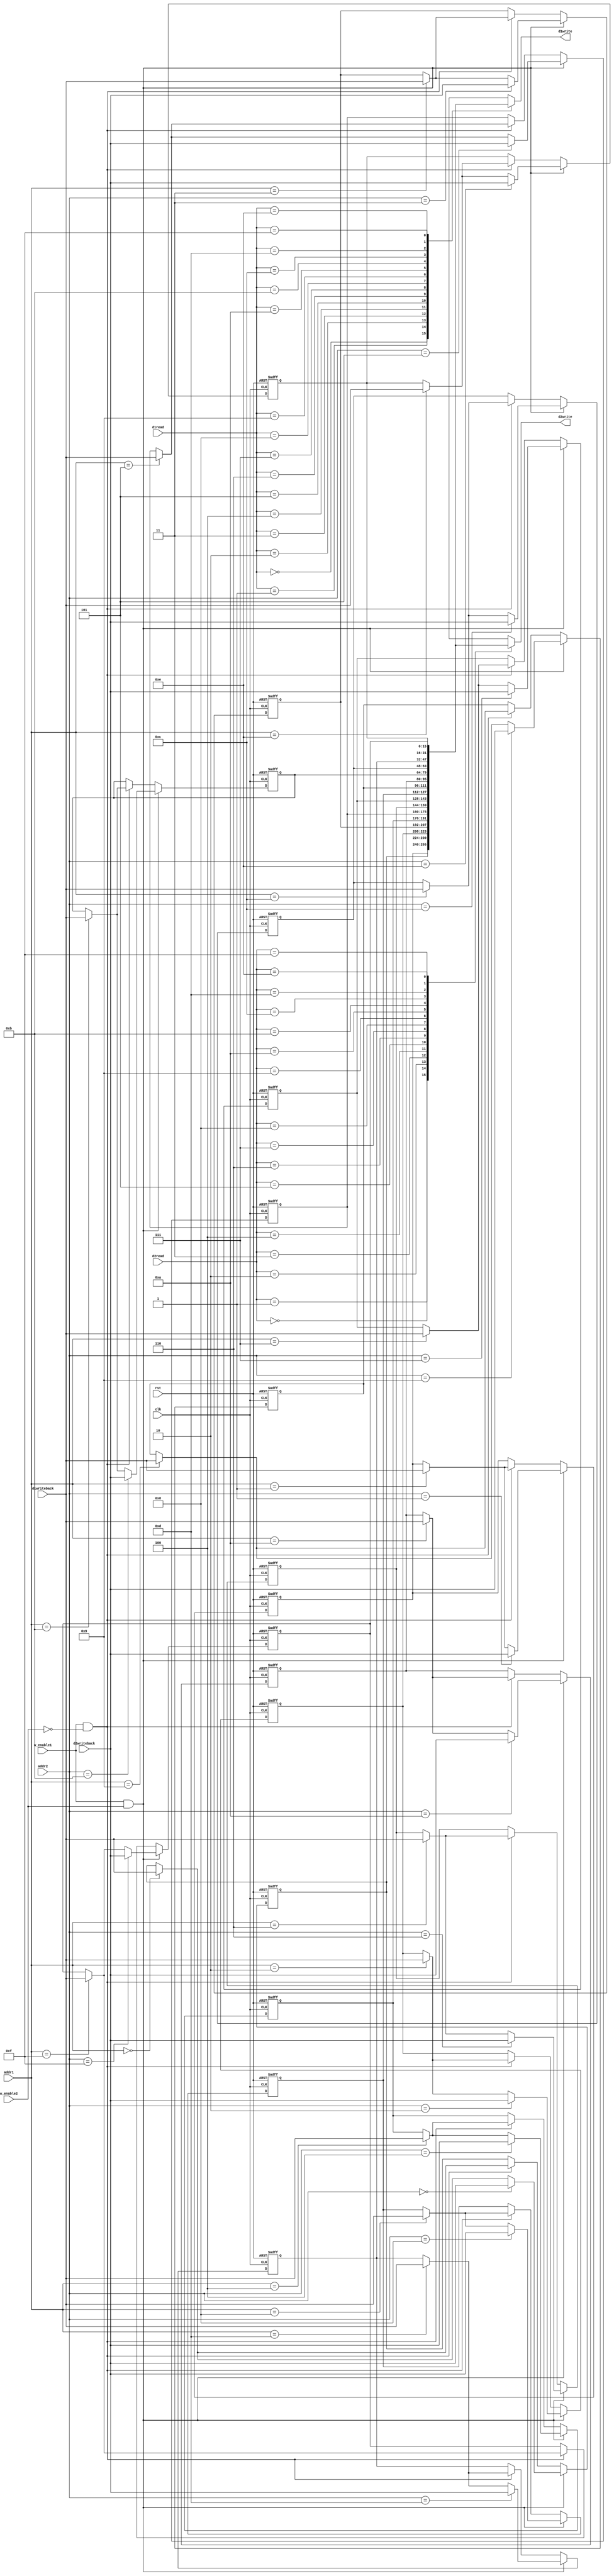
module reg_file(input clk, rst, w_enable1, w_enable2, input[3:0] d1read, d2read, addr1, addr2, input [15:0] d1writeback, d2writeback, output reg[15:0] d1write, d2write);
reg [15:0] register [15:0];

always@(posedge clk, negedge rst)
begin
	if(!rst)
	begin
	register[0] <= 16'h0000;
	register[1] <= 16'h0F00;
	register[2] <= 16'h0050;
	register[3] <= 16'hFF0F;
	register[4] <= 16'hF0FF;
	register[5] <= 16'h0040;
	register[6] <= 16'h6666;
	register[7] <= 16'h00FF;
	register[8] <= 16'hFF77;
	register[9] <= 16'h0000;
	register[10] <= 16'h0000;
	register[11] <= 16'h0000;
	register[12] <= 16'hCC89;
	register[13] <= 16'h0002;
	register[14] <= 16'h0000;
  	register[15] <=	16'h0000;
	end
	else if(w_enable1 && w_enable2)
	begin
	register[addr1] <= d1writeback;
	register[addr2] <= d2writeback;
	end
	else if(w_enable1 && !w_enable2)
	register[addr1] <= d1writeback;
end

always@(*)
begin
	d1write = register[d1read];
	d2write = register[d2read];
end
endmodule